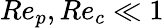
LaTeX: Re_{p},Re_{c}\ll 1